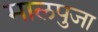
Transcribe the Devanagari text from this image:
मालपुजा